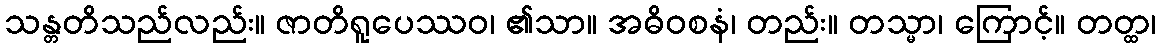
သန္တတိသည်လည်း။ ဇာတိရူပေဿဝ၊ ၏သာ။ အဓိဝစနံ၊ တည်း။ တသ္မာ၊ ကြောင့်။ တတ္ထ၊